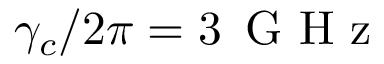
\gamma _ { c } / 2 \pi = 3 \, \textrm { G H z }